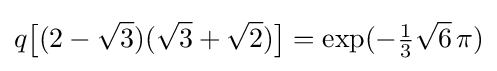
q{\bigl [}(2-{\sqrt {3}})({\sqrt {3}}+{\sqrt {2}}){\bigr ]}=\exp(-{\tfrac {1}{3}}{\sqrt {6}}\,\pi )